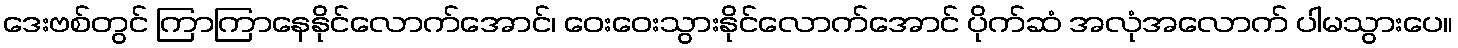
ဒေးဗစ်တွင် ကြာကြာနေနိုင်လောက်အောင်၊ ဝေးဝေးသွားနိုင်လောက်အောင် ပိုက်ဆံ အလုံအလောက် ပါမသွားပေ။